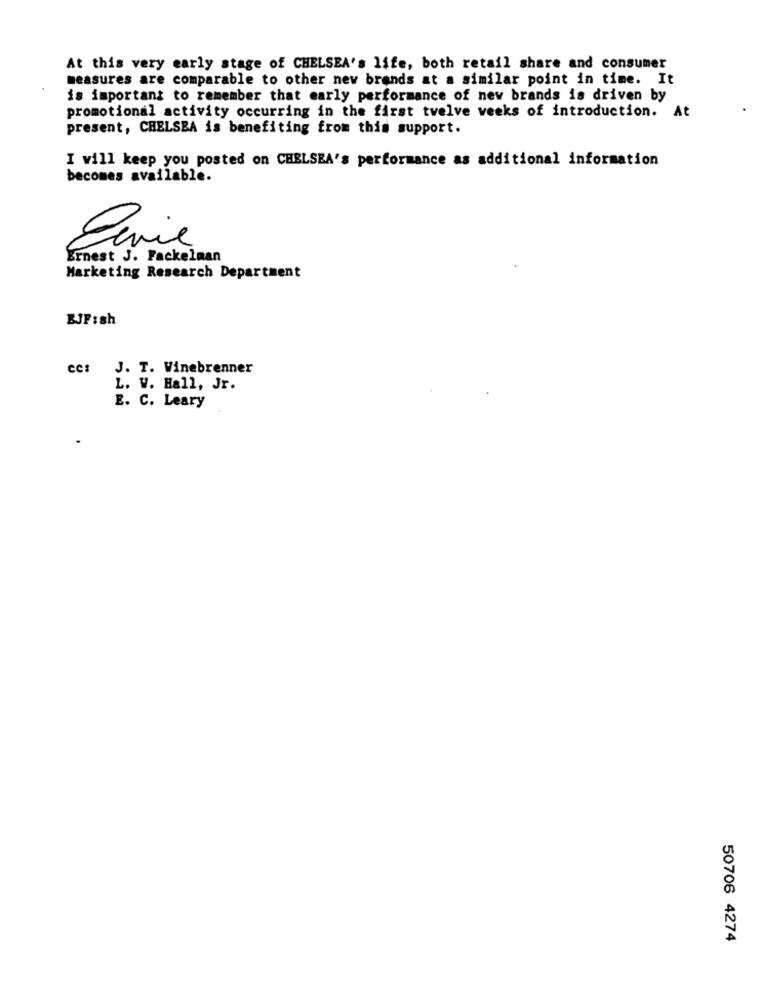
At this very early stage of CHELSEA's life, both retail share and consumer
measures are comparable to other nev brands at a similar point in time. It
is important to remember that early performance of new brands is driven by
promotional activity occurring in the first twelve weeks of introduction. At
present, CHELSEA is benefiting from this support.
I will keep you posted on CHELSEA's performance as additional information
becomes available.
Ernest J. Fackelman
Marketing Research Department
BJF:sh
CC: J. T. Winebrenner
L. W. Hall, Jr.
E. C. Leary
50706 4274